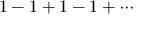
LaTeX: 1 - 1 + 1 - 1 + \cdots